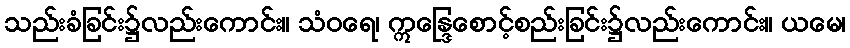
သည်းခံခြင်း၌လည်းကောင်း။ သံဝရေ၊ ဣန္ဒြေစောင့်စည်းခြင်း၌လည်းကောင်း။ ယမေ၊